King Institute of Preventive Medicine Bacteriolog. Section reports 1907-08
Year: 1907
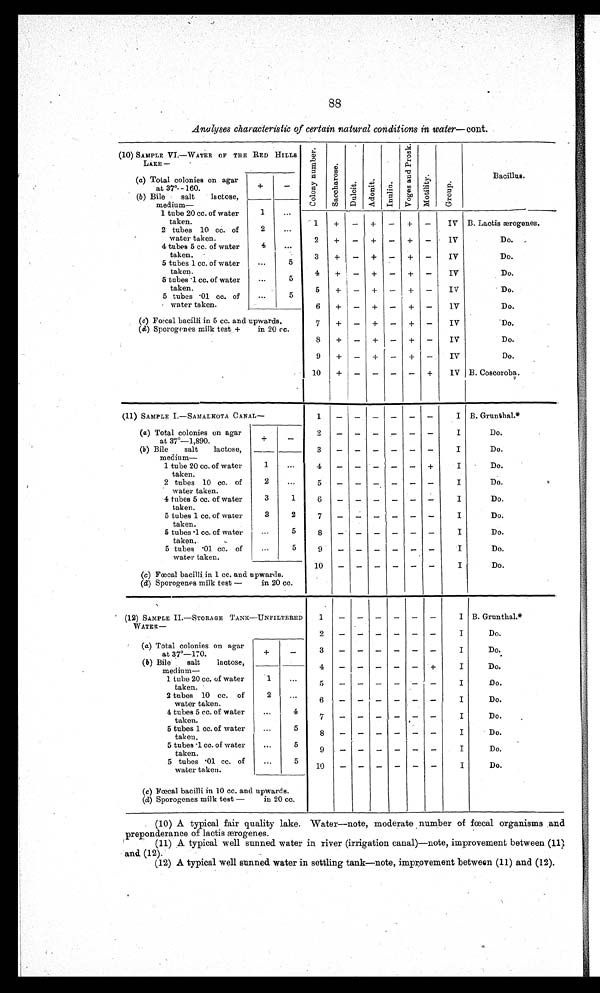
88
Analyses characteristic of certain natural conditions in water—cont.
(10) SAMPLE VI.—WATER OF THE RED HILLS
LAKE —
(a) Total colonies on agar
at 37°-
1 6 0 .
+ —
(b) Bile
salt
lactose,
medium—
1 tube 20 cc. of water
1
...
taken.
2 tubes 10 cc. of
2
...
water taken.
4 tubes 5 cc. of water
4
...
taken.
5 tubes 1 ce. of water
...
taken.
5 tubes .1 cc. of water
...
5
.
taken.
5 tubes • 01 cc. of
...
5
water taken.
(c) Fœcal bacilli in 5 cc. and upwards.
(d) Sporogenes milk test +
in 20 cc.
C o l o n y
N u m b e r
S a c c h a r o s e .
D u l c i t .
A d o n i t .
I n u l i n .
V o g e s
a n d
p r o s k .
M o t i l i t y .
G r o u p
Bacillus.
1 + — + — + —
IV
2+ — + — + —
IV
3+— + — + —
IV
4+ — + —
IV
5+ — + — + —
Iv
6+ — + — + —
IV
7+ — + — + —
IV
8+ — + — + —
IV
9+ — + — +
IV
10+ — — — — +
IV
B. Lactic æogenes.
Do.
Do.
Do.
Do.
Do.
Do.
Do.
Do.
B. Coscoroba.
(11) SAMPLE I.—SAMALROTA CANAL—
(a) Total colonies on agar
at 37°—1,890.
+
—
(b) Bile
salt
lactose,
medium—
1
tube 20 cc. of water
1
...
taken.
2 tubes 10 cc. of
2
...
water taken.
4 tubes 5 cc. of water
3
taken.
5 tubes 1 cc. of water
3
2
taken.
5 tubes • 1 cc. of water
...
5
taken..
.
5 tubes .01 cc. of .. 5
water taken.
(c) Fœcal bacilli in 1 cc. and upwards.
(d) Sporogenes milk test —
in 20 cc.
1 + — + — + — I V
2 + — + — + — I V
3 + — + — + — I V
4 + — + — + — I V5
+ — + — + — I V6
+ — + — + — I V7
+ — + — + — I V8
+ — + — + — I V
9 + — + — + — I V 1 0 + — — — — + I V
B. Grunthal.*
Do.
Do.
Do.
D o .
Do.
Do.
Do.
Do.
Do.
(12) SAMPLE II.—STORAGE TANK—UNFILTERED
WATER—
(a) Total colonies on agar
at 37°—170.
+
—
(b) Bile
salt
lactose,
medium—
I tube 20 cc. of water
1
...
taken.
2 tubes 10 cc. of
2
...
water taken.
4 tubes 5 cc. of water
...
4
taken.
5 tubes 1 cc. of water
...
5
taken
.
5 tubes • 1 co. of water
...
5
taken..
5 tubes • 01 cc. of
...
5
water taken.
(a) Fœcal bacilli in 10 cc. and upwards.
(d) Sporogenes milk test —
in 20 cc.
1— — — — — — I
2— — — — — — I
3 — — — — — — I
4 — — — — — + I
5 — — — — — — I
6— — — — — — I
7— — — — — — I
8 — — — — — — I
9— — — — — — I
10— — — — — — I
B. Grunthal.*
Do.
Do..
Do.
Do.
Do.
Do.
.
Do.
Do.
Do.
(10) A typical fair quality lake. Water—note, moderate number of fœcal organisms and
preponderance of lactis ærogenes.
(11)A typical well sunned water in river (irrigation canal)—note, improvement between (11)
and (12).
(12) A typical well sunned water in settling tank—note, improvement between (11) and (12).